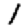
Digit: 1